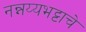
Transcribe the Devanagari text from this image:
नन्नय्यभट्टाचे